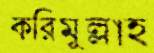
করিমুল্লাহ